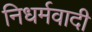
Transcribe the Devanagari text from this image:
निधर्मवादी